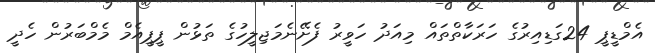
އެމްޑީޕީ 24ގަޑިއިރުގެ ހަރަކާތްތައް މިއަދު ހަވީރު ފެށޭނެމަޖިލީހުގެ ތަޅުން ޕީޕީއެމް މެމްބަރުން ހެދީ